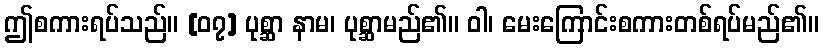
ဤစကားရပ်သည်။ [၀၇] ပုစ္ဆာ နာမ၊ ပုစ္ဆာမည်၏။ ဝါ၊ မေးကြောင်းစကားတစ်ရပ်မည်၏။